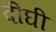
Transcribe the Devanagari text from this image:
दीघी